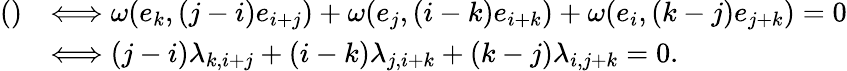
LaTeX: \begin{array}{rl}{()}&{\Longleftrightarrow\omega(e_{k},(j-i)e_{i+j})+\omega(e_{j},(i-k)e_{i+k})+\omega(e_{i},(k-j)e_{j+k})=0}\\ &{\Longleftrightarrow(j-i)\lambda_{k,i+j}+(i-k)\lambda_{j,i+k}+(k-j)\lambda_{i,j+k}=0.}\end{array}